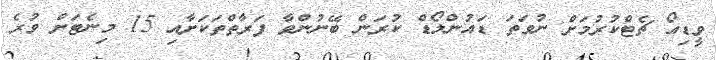
ވީޑިއޯ ޗެޓްްކުރުމަށް ނުވަތަ ޑައުންލޯޑް ކުރަން ބޭނުންވާ ފަރާތްތަކަށާއި 15 މިނެޓަށް ވުރެ